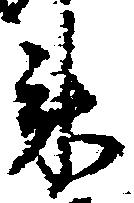
来